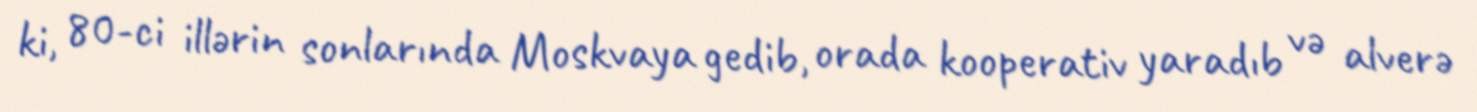
ki, 80-ci illərin sonlarında Moskvaya gedib, orada kooperativ yaradıb və alverə